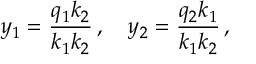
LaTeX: y _ { 1 } = \frac { q _ { 1 } k _ { 2 } } { k _ { 1 } k _ { 2 } } \, , \quad y _ { 2 } = \frac { q _ { 2 } k _ { 1 } } { k _ { 1 } k _ { 2 } } \, ,